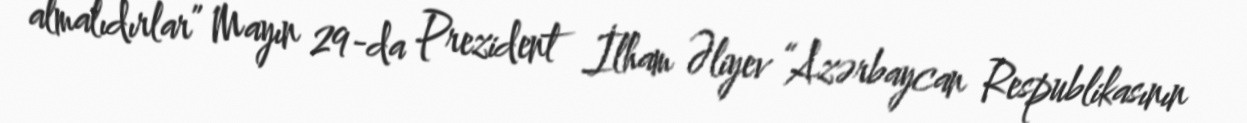
almalıdırlar” Mayın 29-da Prezident İlham Əliyev “Azərbaycan Respublikasının